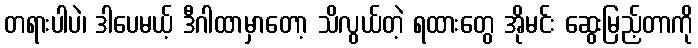
တရားပါပဲ၊ ဒါပေမယ့် ဒီဂါထာမှာတော့ သိလွယ်တဲ့ ရထားတွေ အိုမင်း ဆွေးမြည့်တာကို